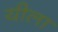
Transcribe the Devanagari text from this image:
यीला